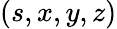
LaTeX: (s,x,y,z)